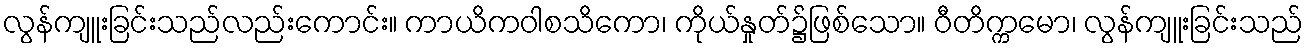
လွန်ကျူးခြင်းသည်လည်းကောင်း။ ကာယိကဝါစသိကော၊ ကိုယ်နှုတ်၌ဖြစ်သော။ ဝီတိက္ကမော၊ လွန်ကျူးခြင်းသည်